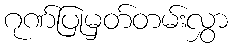
ဂုဏ်ပြုမှတ်တမ်းလွှာ